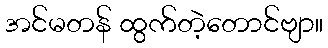
အင်မတန် ထွက်တဲ့တောင်ဗျာ။